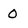
Character: O